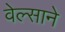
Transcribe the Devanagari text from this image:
वेल्साने